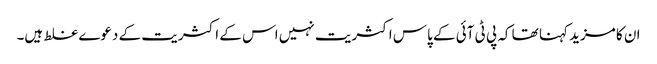
ان کا مزید کہنا تھا کہ پی ٹی آئی کے پاس اکثریت نہیں اس کے اکثریت کے دعوے غلط ہیں۔